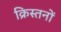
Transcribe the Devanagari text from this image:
क्रिस्तनों